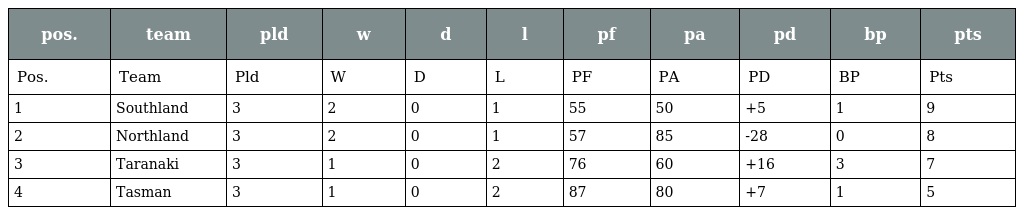
| pos. | team | pld | w | d | l | pf | pa | pd | bp | pts |
 | --- | --- | --- | --- | --- | --- | --- | --- | --- | --- | --- |
 | Pos. | Team | Pld | W | D | L | PF | PA | PD | BP | Pts |
 | 1 | Southland | 3 | 2 | 0 | 1 | 55 | 50 | +5 | 1 | 9 |
 | 2 | Northland | 3 | 2 | 0 | 1 | 57 | 85 | -28 | 0 | 8 |
 | 3 | Taranaki | 3 | 1 | 0 | 2 | 76 | 60 | +16 | 3 | 7 |
 | 4 | Tasman | 3 | 1 | 0 | 2 | 87 | 80 | +7 | 1 | 5 |